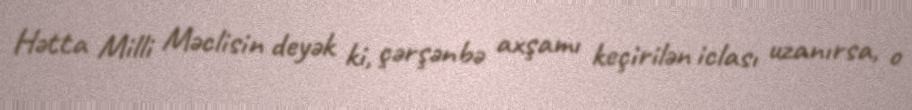
Hətta Milli Məclisin deyək ki, çərşənbə axşamı keçirilən iclası uzanırsa, o